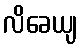
လိခေယျ